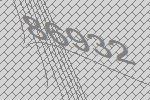
86932